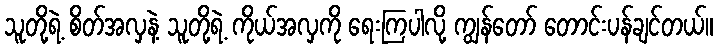
သူတို့ရဲ့ စိတ်အလှနဲ့ သူတို့ရဲ့ ကိုယ်အလှကို ရေးကြပါလို့ ကျွန်တော် တောင်းပန်ချင်တယ်။